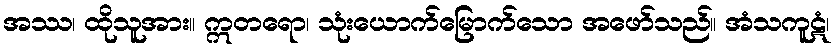
အဿ၊ ထိုသူအား။ ဣတရော၊ သုံးယောက်မြောက်သော အဖော်သည်။ အံသကူဋံ၊